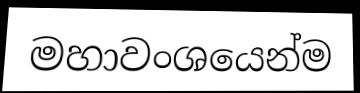
මහාවංශයෙන්ම